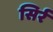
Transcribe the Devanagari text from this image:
सिर्र